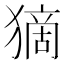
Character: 𤠻